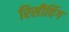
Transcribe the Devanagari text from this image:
रिसीविंग